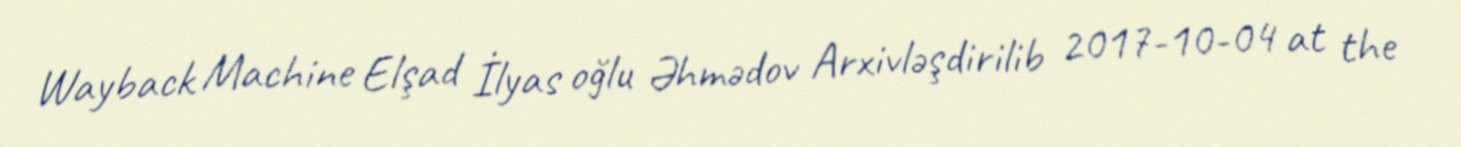
Wayback Machine Elşad İlyas oğlu Əhmədov Arxivləşdirilib 2017-10-04 at the